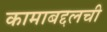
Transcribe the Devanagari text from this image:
कामाबद्दलची